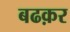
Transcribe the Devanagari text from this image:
बढक़र